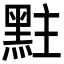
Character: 𪐴